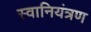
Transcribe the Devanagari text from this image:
स्वानियंत्रण